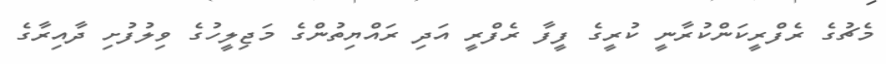
މެޗުގެ ރެފްރީކަންކުރާނީ ކުރީގެ ފީފާ ރެފްރީ އަދި ރައްޔިތުންގެ މަޖިލީހުގެ ވިލުފުށި ދާއިރާގެ